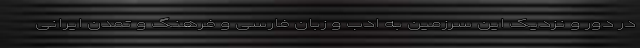
در دور و نزدیک این سرزمین به ادب و زبان فارسی و فرهنگ و تمدن ایرانی